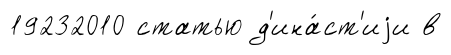
19232010 статью д'ина́ст'иjи в